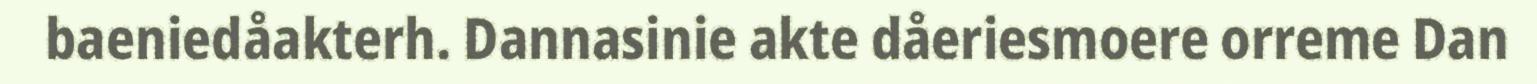
baeniedåakterh. Dannasinie akte dåeriesmoere orreme Dan